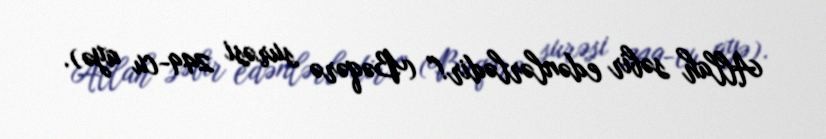
Allah səbir edənlərlədir!” (Bəqərə surəsi 249-cu ayə).